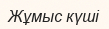
Жұмыс күші